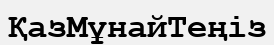
ҚазМұнайТеңіз